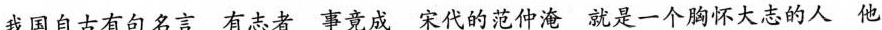
我国自古有句名言有志者事竟成宋代的范仲淹就是一个胸怀大志的人 他